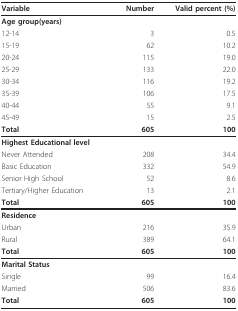
<table><thead><tr><td><b>Variable</b></td><td><b>Number</b></td><td><b>Valid percent (%)</b></td></tr></thead><tbody><tr><td><b>Age group(years)</b></td><td></td><td></td></tr><tr><td>12-14</td><td>3</td><td>0.5</td></tr><tr><td>15-19</td><td>62</td><td>10.2</td></tr><tr><td>20-24</td><td>115</td><td>19.0</td></tr><tr><td>25-29</td><td>133</td><td>22.0</td></tr><tr><td>30-34</td><td>116</td><td>19.2</td></tr><tr><td>35-39</td><td>106</td><td>17.5</td></tr><tr><td>40-44</td><td>55</td><td>9.1</td></tr><tr><td>45-49</td><td>15</td><td>2.5</td></tr><tr><td><b>Total</b></td><td><b>605</b></td><td><b>100</b></td></tr><tr><td><b>Highest Educational level</b></td><td></td><td></td></tr><tr><td>Never Attended</td><td>208</td><td>34.4</td></tr><tr><td>Basic Education</td><td>332</td><td>54.9</td></tr><tr><td>Senior High School</td><td>52</td><td>8.6</td></tr><tr><td>Tertiary/Higher Education</td><td>13</td><td>2.1</td></tr><tr><td><b>Total</b></td><td><b>605</b></td><td><b>100</b></td></tr><tr><td><b>Residence</b></td><td></td><td></td></tr><tr><td>Urban</td><td>216</td><td>35.9</td></tr><tr><td>Rural</td><td>389</td><td>64.1</td></tr><tr><td><b>Total</b></td><td><b>605</b></td><td><b>100</b></td></tr><tr><td><b>Marital Status</b></td><td></td><td></td></tr><tr><td>Single</td><td>99</td><td>16.4</td></tr><tr><td>Married</td><td>506</td><td>83.6</td></tr><tr><td><b>Total</b></td><td><b>605</b></td><td><b>100</b></td></tr></tbody></table>